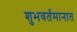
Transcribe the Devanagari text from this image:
शुभवर्तमानात